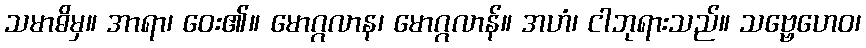
သမာဓိမှ။ အာရာ၊ ဝေး၏။ မောဂ္ဂလာန၊ မောဂ္ဂလာန်။ အဟံ၊ ငါဘုရားသည်။ သဗ္ဗေဟေဝ၊